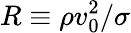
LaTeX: R\equiv\rho v_{0}^{2}/\sigma